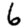
Digit: 6